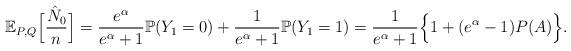
LaTeX: \begin{align*}\mathbb{E}_{P,Q}\Big[\frac{\hat{N}_0}{n}\Big] = \frac{e^\alpha}{e^\alpha+1}\mathbb{P}(Y_1 = 0)+\frac{1}{e^\alpha+1}\mathbb{P}(Y_1 = 1) = \frac{1}{e^\alpha+1}\Big\{1+(e^\alpha-1)P(A)\Big\}.\end{align*}